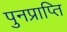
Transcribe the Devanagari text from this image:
पुनप्राप्ति